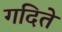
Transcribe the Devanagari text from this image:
गदिते